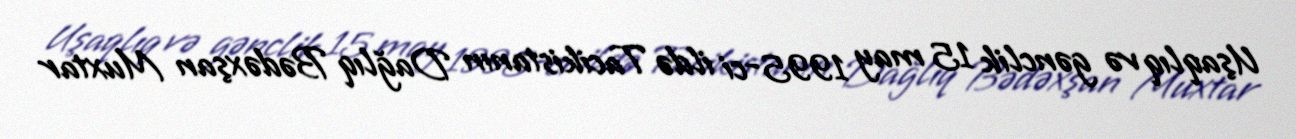
Uşaqlıq və gənclik 15 may 1995-ci ildə Tacikistanın Dağlıq Bədəxşan Muxtar